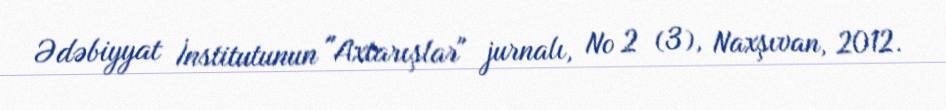
Ədəbiyyat İnstitutunun "Axtarışlar" jurnalı, № 2 (3), Naxşıvan, 2012.